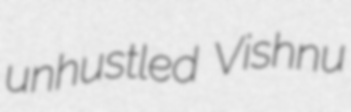
unhustled Vishnu